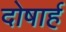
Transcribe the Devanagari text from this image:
दोषार्ह